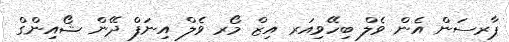
ޕާރސަން އެން ވެލް ބިހޭވިއަރ އިޒް މޯރ ވެލް އިނަފް ދޭން ޝޯއިންގް